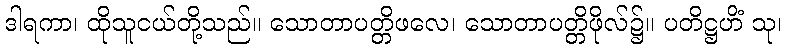
ဒါရကာ၊ ထိုသူငယ်တို့သည်။ သောတာပတ္တိဖလေ၊ သောတာပတ္တိဖိုလ်၌။ ပတိဋ္ဌဟိံ သု၊